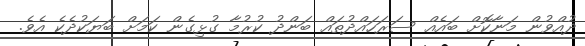
ދުއްވުން މަނާކޮށް ބައެއް ސަރަހައްދުތައް ބަންދު ކުރުމާ ގުޅިގެން ކަމަށް ބަޔަކުދެކެ އެވެ.